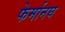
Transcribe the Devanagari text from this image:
फेर्मानघ